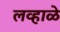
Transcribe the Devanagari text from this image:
लव्हाळे